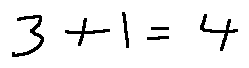
3 + 1 = 4